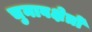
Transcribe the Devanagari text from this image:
चुनावक्षेत्रों